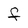
Character: F